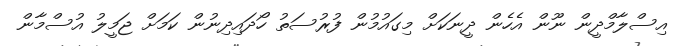
އިސްލާމްދީން ނޫން އެހެން ދީނަކަށް މިގައުމުން ފުރުސަތު ހޯދައިދިނުން ކަމަށް ޖަމީލު އުސްމާން